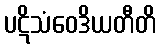
ပဋိသံဝေဒိယတီတိ